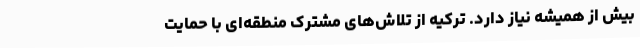
بیش از همیشه نیاز دارد. ترکیه از تلاش‌های مشترک منطقه‌ای با حمایت